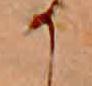
か